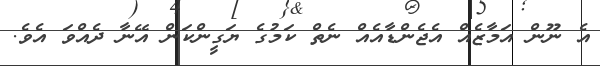
އެ ނޫން އަމާޒެއް އެޖެންޑާއެއް ނެތް ކަމުގެ ޔަގީންކަން އޭނާ ދެއްވަ އެވެ.